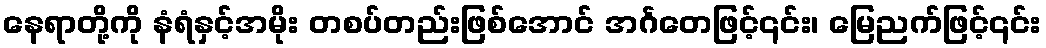
နေရာတို့ကို နံရံနှင့်အမိုး တစပ်တည်းဖြစ်အောင် အင်္ဂတေဖြင့်၎င်း၊ မြေညက်ဖြင့်၎င်း